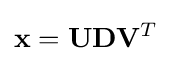
\mathbf {x} =\mathbf {U} \mathbf {D} \mathbf {V} ^{T}